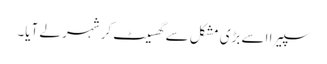
سپیرا اسے بڑی مشکل سے گھسیٹ کر شہر لے آیا۔